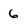
Character: 6